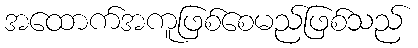
အထောက်အကူဖြစ်စေမည်ဖြစ်သည်